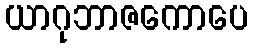
ယာဂုဘာဇကောပေ